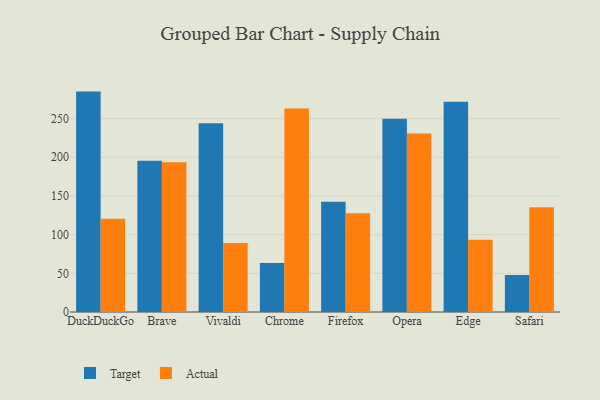
{"axis": {"x": "Browser", "y": "Production Output"}, "legend": ["Actual", "Target"], "data": [{"x": "DuckDuckGo", "y": 284.9, "type": "Target"}, {"x": "DuckDuckGo", "y": 120.6, "type": "Actual"}, {"x": "Brave", "y": 195.5, "type": "Target"}, {"x": "Brave", "y": 193.7, "type": "Actual"}, {"x": "Vivaldi", "y": 244.1, "type": "Target"}, {"x": "Vivaldi", "y": 89.3, "type": "Actual"}, {"x": "Chrome", "y": 63.5, "type": "Target"}, {"x": "Chrome", "y": 263.2, "type": "Actual"}, {"x": "Firefox", "y": 142.6, "type": "Target"}, {"x": "Firefox", "y": 127.7, "type": "Actual"}, {"x": "Opera", "y": 249.8, "type": "Target"}, {"x": "Opera", "y": 230.8, "type": "Actual"}, {"x": "Edge", "y": 271.7, "type": "Target"}, {"x": "Edge", "y": 93.4, "type": "Actual"}, {"x": "Safari", "y": 47.9, "type": "Target"}, {"x": "Safari", "y": 135.4, "type": "Actual"}]}